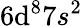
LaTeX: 6\mathrm{d}^{8}7s^{2}